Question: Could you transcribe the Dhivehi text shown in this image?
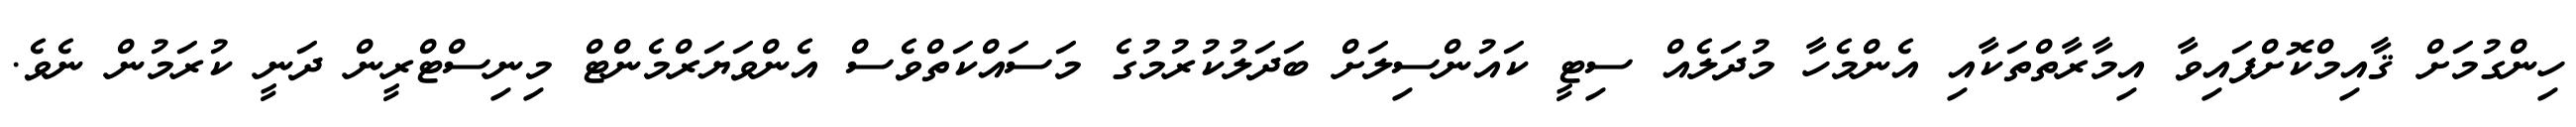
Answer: ހިންގުމަށް ޤާއިމްކޮށްފައިވާ އިމާރާތްތަކާއި އެންމެހާ މުދަލެއް ސިޓީ ކައުންސިލަށް ބަދަލުކުރުމުގެ މަސައްކަތްވެސް އެންވަޔަރްމެންޓް މިނިސްޓްރީން ދަނީ ކުރަމުން ނެވެ.